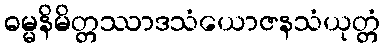
ဓမ္မနိမိတ္တဿာဒသံယောဇနသံယုတ္တံ